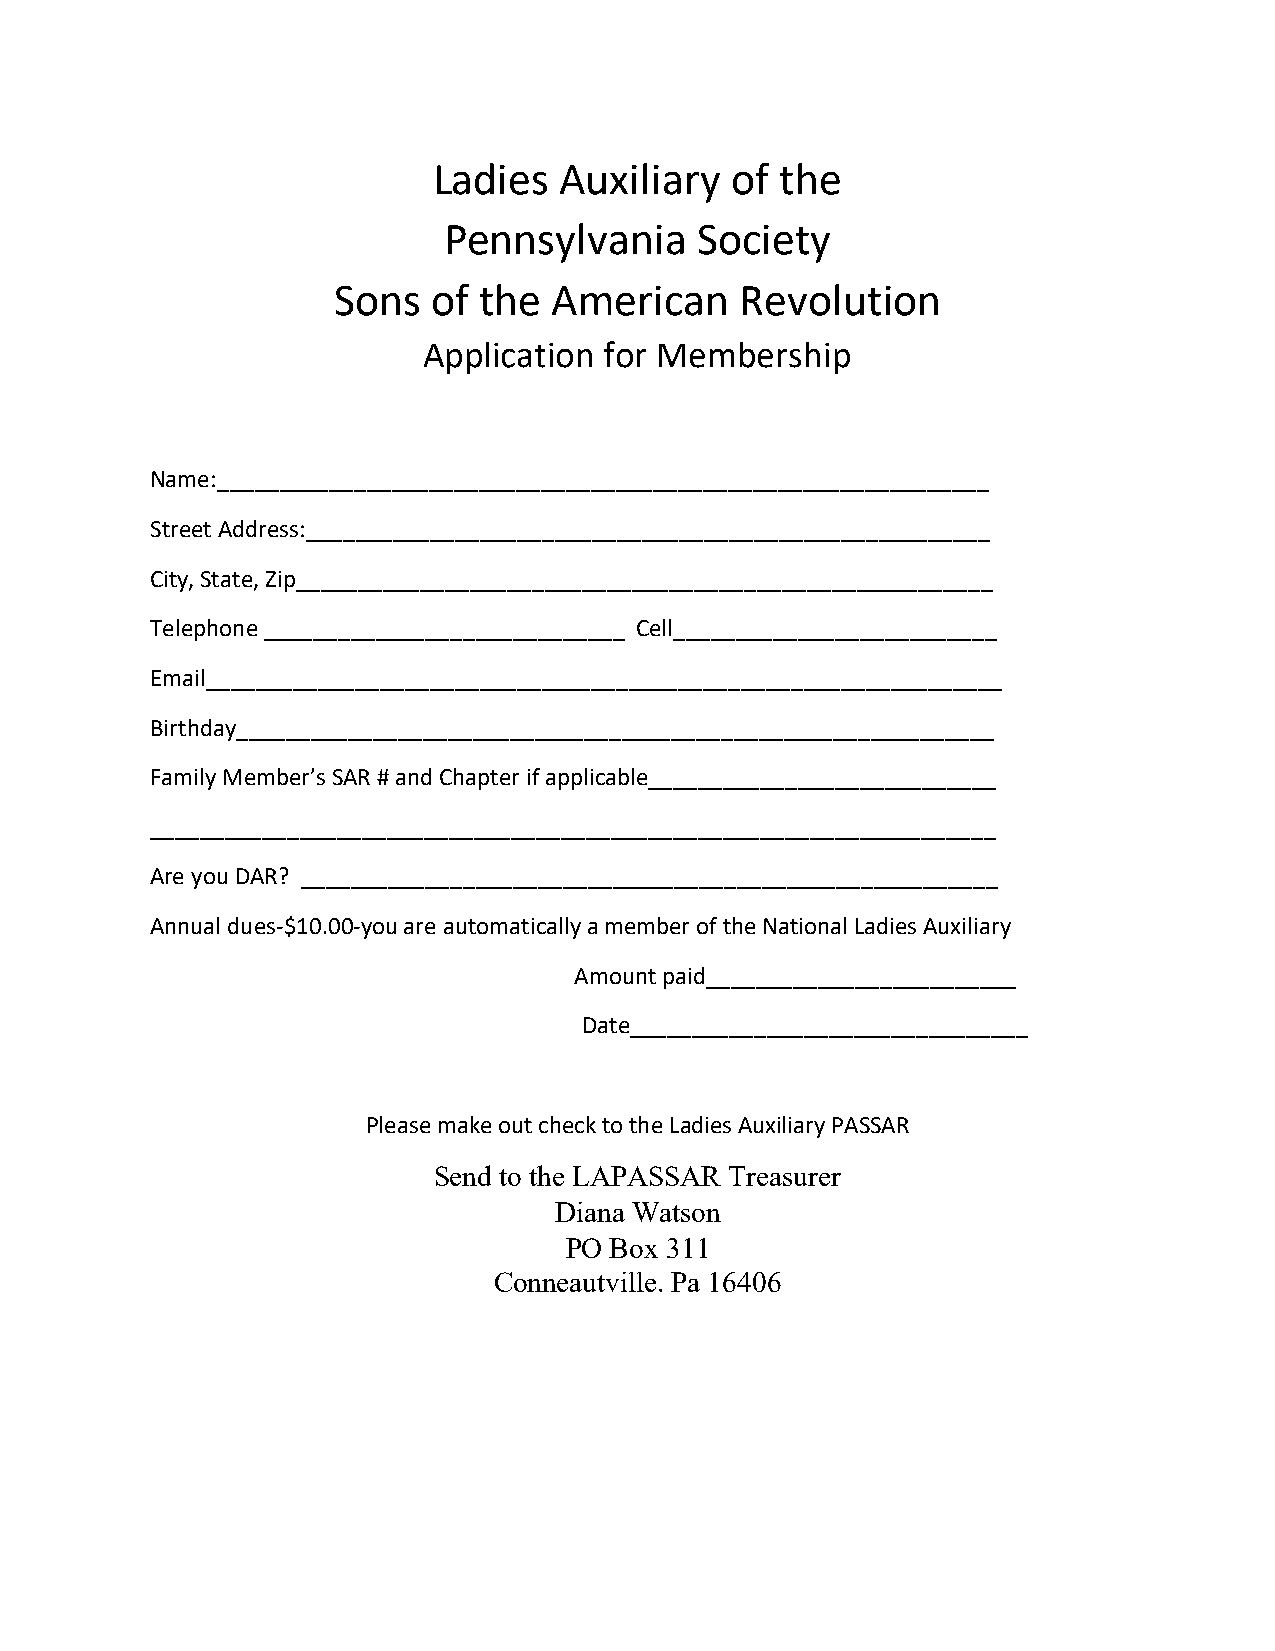
Ladies  Auxiliary  of  the
 Pennsylvania     Society
 Sons   of the  American    Revolution
 Application for Membership
 Name:______________________________________________________________
 Street Address:_______________________________________________________
 City, State, Zip________________________________________________________
 Telephone _____________________________ Cell__________________________
 Email________________________________________________________________
 Birthday_____________________________________________________________
 Family Member’s SAR # and Chapter if applicable____________________________
 ____________________________________________________________________
 Are you DAR? ________________________________________________________
 Annual dues-$10.00-you are automatically a member of the National Ladies Auxiliary
 Amount paid_________________________
 Date________________________________
 Please make out check to the Ladies Auxiliary PASSAR
 Send to the LAPASSAR Treasurer
 Diana Watson
 PO Box 311
 Conneautville. Pa 16406